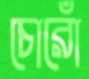
চোরোঁ